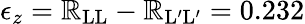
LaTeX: \epsilon_{z}=\mathbb{R}_{\mathrm{{LL}}}-\mathbb{R}_{\mathrm{{L^{\prime}L^{\prime}}}}=0.232